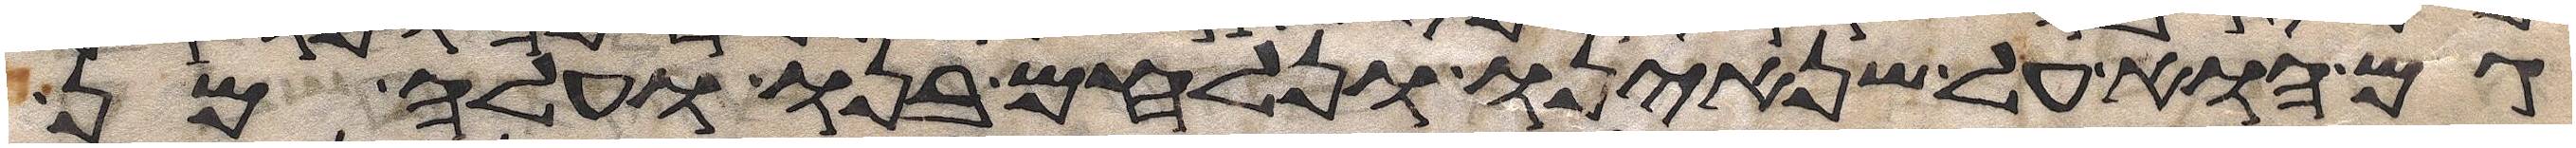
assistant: גם הוא על שנאינו ונלחם בנו ועלה מן